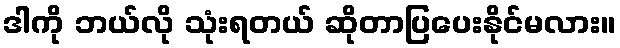
ဒါကို ဘယ်လို သုံးရတယ် ဆိုတာပြပေးနိုင်မလား။